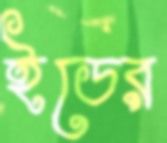
ইডের